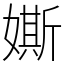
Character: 𡡒